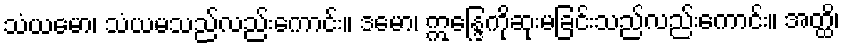
သံယမော၊ သံယမသည်လည်းကောင်း။ ဒမော၊ ဣန္ဒြေကိုဆုးမခြင်းသည်လည်းကောင်း။ အတ္ထိ၊